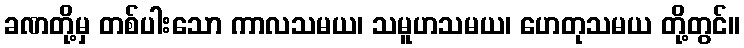
ခဏတို့မှ တစ်ပါးသော ကာလသမယ၊ သမူဟသမယ၊ ဟေတုသမယ တို့တွင်။